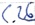
Text: C.26